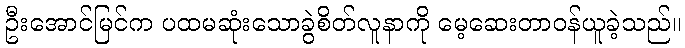
ဦးအောင်မြင်က ပထမဆုံးသောခွဲစိတ်လူနာကို မေ့ဆေးတာဝန်ယူခဲ့သည်။